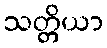
သတ္တိယာ